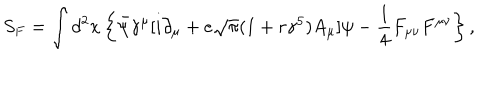
LaTeX: S _ { F } = \int d ^ { 2 } x \left\{ \bar { \psi } { \gamma } ^ { \mu } [ i { \partial } _ { \mu } + e \sqrt { \pi } ( 1 + r { \gamma } ^ { 5 } ) A _ { \mu } ] { \psi } - { \frac 1 4 } F _ { { \mu } { \nu } } F ^ { { \mu } { \nu } } \right\} ,